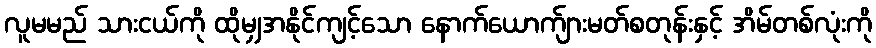
လူမမည် သားငယ်ကို ထိုမျှအနိုင်ကျင့်သော နောက်ယောက်ျားမတ်စတုန်းနှင့် အိမ်တစ်လုံးကို